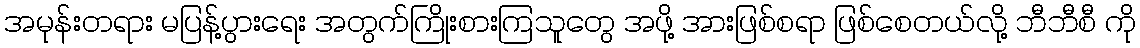
အမုန်းတရား မပြန့်ပွားရေး အတွက်ကြိုးစားကြသူတွေ အဖို့ အားဖြစ်စရာ ဖြစ်စေတယ်လို့ ဘီဘီစီ ကို